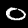
Label: 0